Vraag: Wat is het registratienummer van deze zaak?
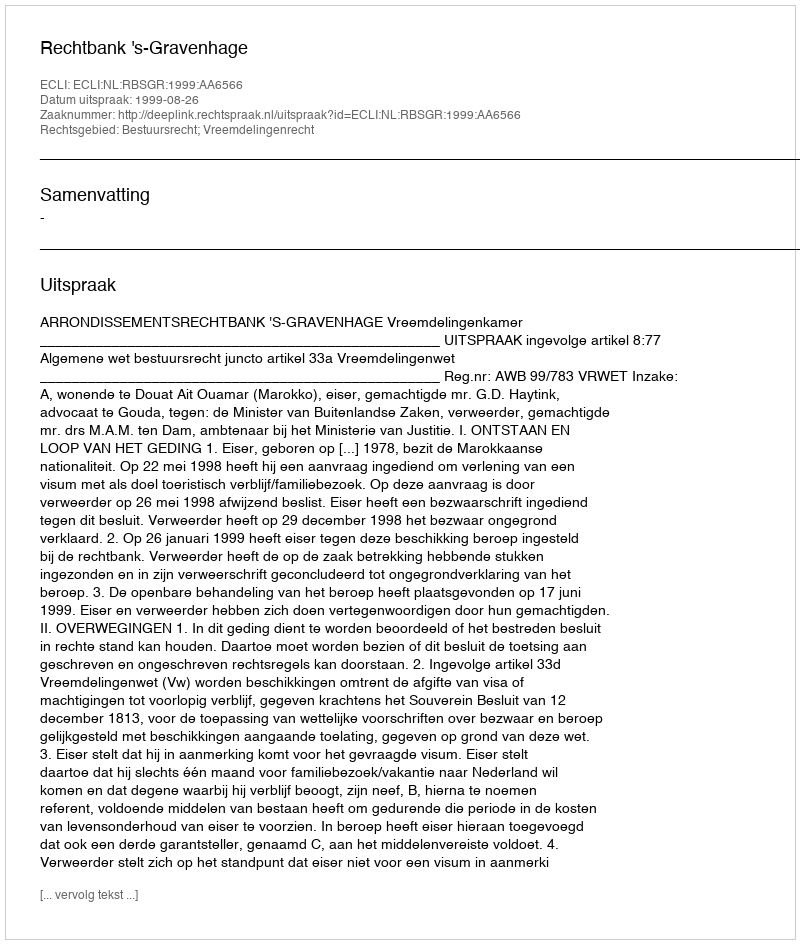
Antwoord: http://deeplink.rechtspraak.nl/uitspraak?id=ECLI:NL:RBSGR:1999:AA6566